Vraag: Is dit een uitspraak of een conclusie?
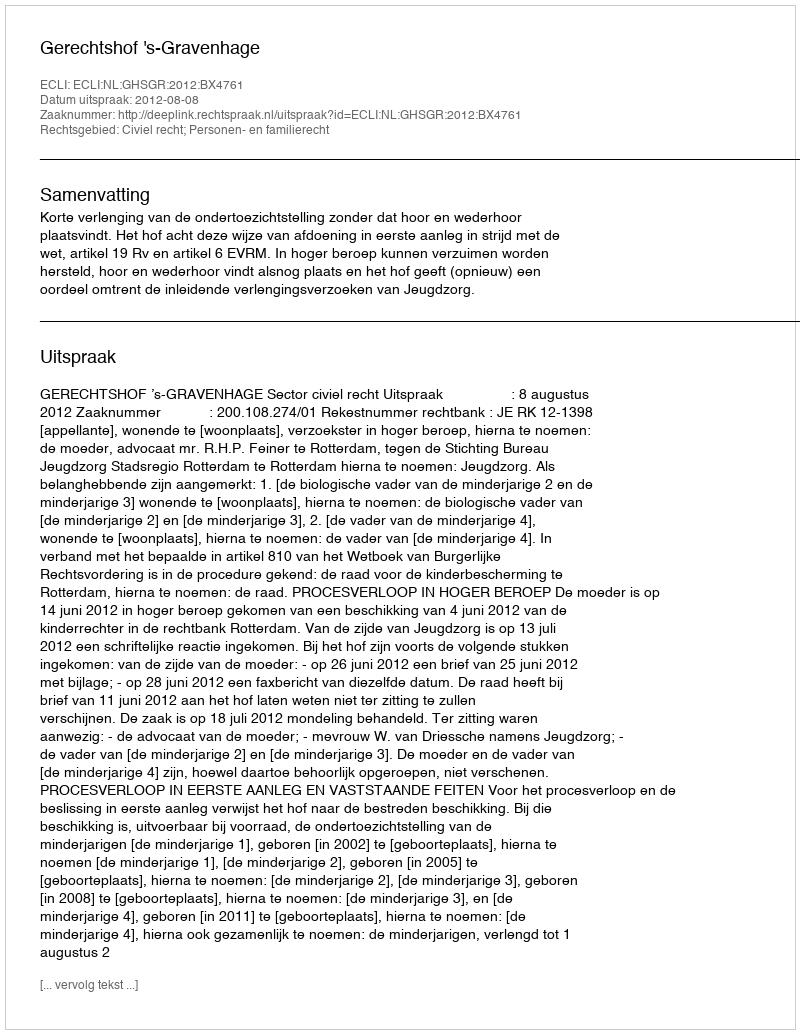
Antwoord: Uitspraak